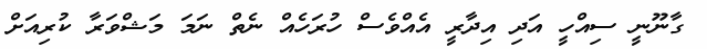
ގާނޫނީ ސިއްހީ އަދި އިދާރީ އެއްވެސް ހުރަހެއް ނެތް ނަމަ މަޝްވަރާ ކުރިއަށް